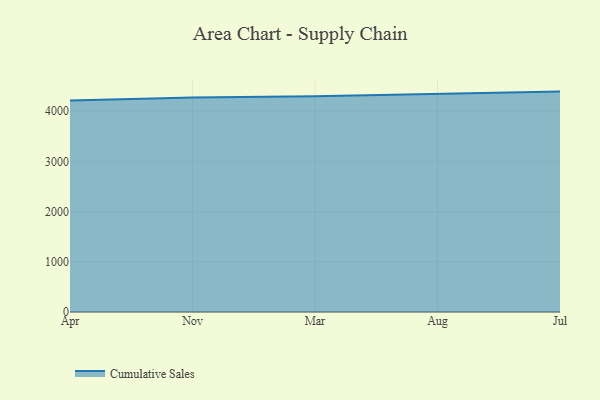
{"axis": {"x": "Month", "y": "Budget (USD K)"}, "legend": ["Cumulative Sales"], "data": [{"x": "Apr", "y": 4211.5, "type": "Cumulative Sales"}, {"x": "Nov", "y": 4270.7, "type": "Cumulative Sales"}, {"x": "Mar", "y": 4299.2, "type": "Cumulative Sales"}, {"x": "Aug", "y": 4339.9, "type": "Cumulative Sales"}, {"x": "Jul", "y": 4389.8, "type": "Cumulative Sales"}]}